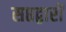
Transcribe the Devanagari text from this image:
सप्तद्वारों